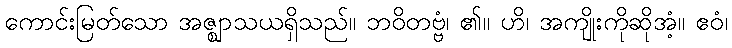
ကောင်းမြတ်သော အဇ္ဈာသယရှိသည်။ ဘဝိတဗ္ဗံ၊ ၏။ ဟိ၊ အကျိုးကိုဆိုအံ့။ ဧဝံ၊